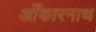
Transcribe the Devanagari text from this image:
ओँकारनाथ